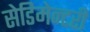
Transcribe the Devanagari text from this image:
सेडिमेन्टरी